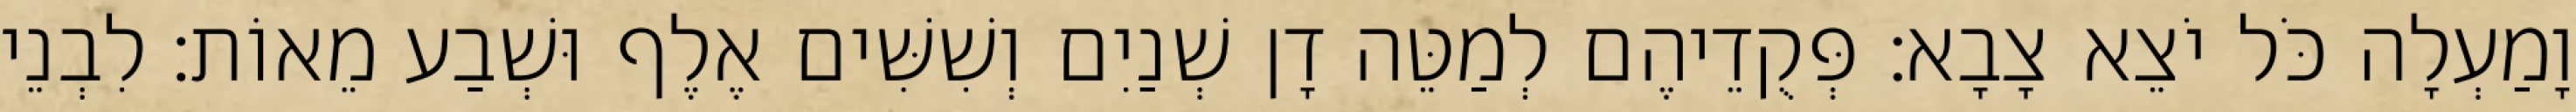
וָמַעְלָה כֹּל יֹצֵא צָבָא׃ פְּקֻדֵיהֶם לְמַטֵּה דָן שְׁנַיִם וְשִׁשִּׁים אֶלֶף וּשְׁבַע מֵאוֹת׃ לִבְנֵי